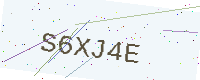
Text: S6XJ4E